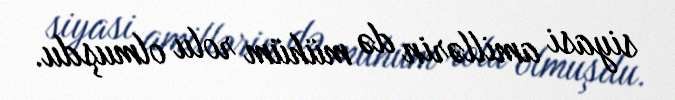
siyasi amillərin də mühüm rolu olmuşdu.